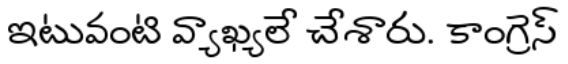
ఇటువంటి వ్యాఖ్యలే చేశారు. కాంగ్రెస్